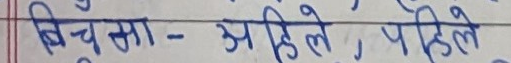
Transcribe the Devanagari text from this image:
बिचुसा - अलिले, पहिले